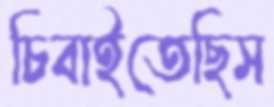
চিবাইতেছিস